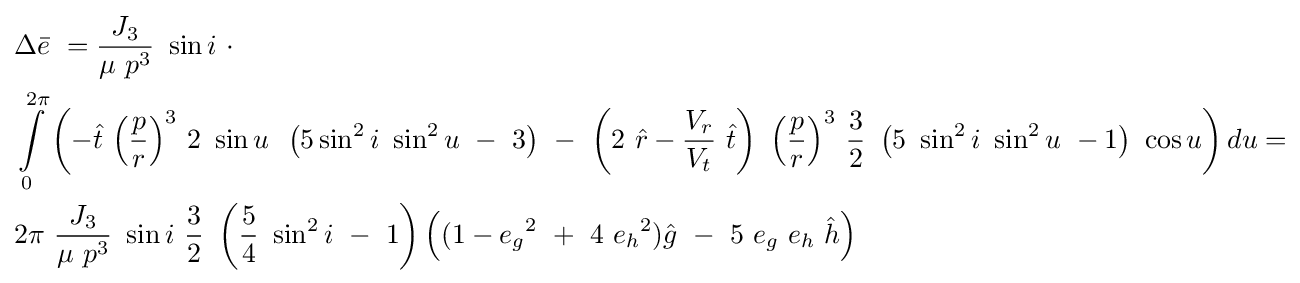
{\begin{aligned}&\Delta {\bar {e}}\ ={\frac {J_{3}}{\mu \ p^{3}}}\ \sin i\ \cdot \\&\int \limits _{0}^{2\pi }\left(-{\hat {t}}\ {\left({\frac {p}{r}}\right)}^{3}\ 2\ \sin u\,\ \left(5\sin ^{2}i\ \sin ^{2}u\ -\ 3\right)\ -\ \left(2\ {\hat {r}}-{\frac {V_{r}}{V_{t}}}\ {\hat {t}}\right)\ {\left({\frac {p}{r}}\right)}^{3}\ {\frac {3}{2}}\ \left(5\ \sin ^{2}i\ \sin ^{2}u\ -1\right)\ \cos u\right)du=\\&2\pi \ {\frac {J_{3}}{\mu \ p^{3}}}\ \sin i\ {\frac {3}{2}}\ \left({\frac {5}{4}}\ \sin ^{2}i\ -\ 1\right)\left((1-{e_{g}}^{2}\ +\ 4\ {e_{h}}^{2}){\hat {g}}\ -\ 5\ e_{g}\ e_{h}\ {\hat {h}}\right)\end{aligned}}